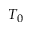
T _ { 0 }